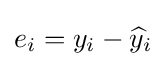
e_{i}=y_{i}-{\widehat {y}}_{i}